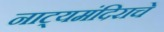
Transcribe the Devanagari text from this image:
नाट्यमंदिराचे